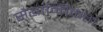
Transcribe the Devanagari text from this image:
सैद्धान्तिकता